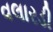
વલારડી